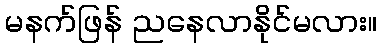
မနက်ဖြန် ညနေလာနိုင်မလား။